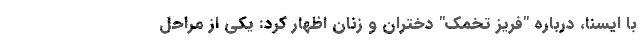
با ایسنا، درباره "فریز تخمک" دختران و زنان اظهار کرد: یکی از مراحل